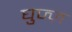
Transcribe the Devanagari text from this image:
घुज्ज़